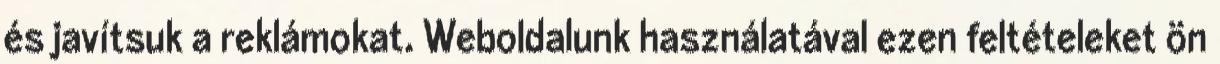
és javítsuk a reklámokat. Weboldalunk használatával ezen feltételeket ön